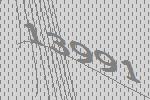
13991